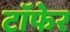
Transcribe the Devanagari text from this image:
टाॅफेर